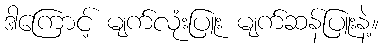
ဒါကြောင့် မျက်လုံးပြူး မျက်ဆန်ပြူးနဲ့။